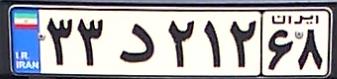
۳۳د۲۱۲۶۸